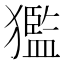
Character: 㺝